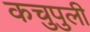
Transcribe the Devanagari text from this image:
कचुपुली